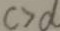
c > d